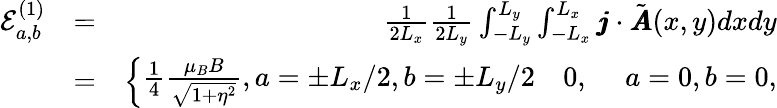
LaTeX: \begin{array}{rlr}{\mathcal{E}_{a,b}^{(1)}}&{=}&{\frac{1}{2L_{x}}\frac{1}{2L_{y}}\int_{-L_{y}}^{L_{y}}\int_{-L_{x}}^{L_{x}}\pmb{j}\cdot\tilde{\pmb{A}}(x,y)dxdy}\\ &{=}&{\left\{ \begin{array}{ll}{\frac{1}{4}\frac{\mu_{B}B}{\sqrt{1+\eta^{2}}},a=\pm L_{x}/2,b=\pm L_{y}/2\ ~~~0,~~~~~a=0,b=0,}\end{array}\right.}\end{array}